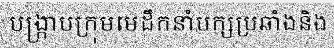
បង្ក្រាបក្រុមមេដឹកនាំបក្សប្រឆាំងនិង